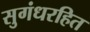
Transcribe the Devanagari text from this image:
सुगंधरहित